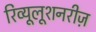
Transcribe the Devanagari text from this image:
रिव्यूलूशनरीज़